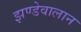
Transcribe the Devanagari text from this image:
झण्डेवालान